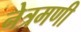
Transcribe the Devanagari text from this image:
नेत्रमणी